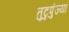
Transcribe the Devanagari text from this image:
तुटुपुंज्या